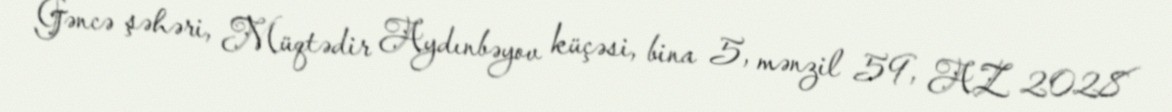
Gəncə şəhəri, Müqtədir Aydınbəyov küçəsi, bina 5, mənzil 59, AZ 2028